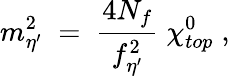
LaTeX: m_{\eta^{\prime}}^{2}\; =\; \frac{4N_{f}}{f_{\eta^{\prime}}^{2}}\; \chi_{top}^{0}\; ,